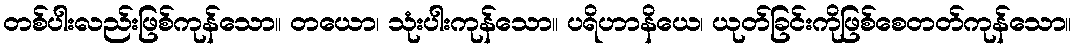
တစ်ပါးလည်းဖြစ်ကုန်သော။ တယော၊ သုံးပါးကုန်သော။ ပရိဟာနိယေ၊ ယုတ်ခြင်းကိုဖြစ်စေတတ်ကုန်သော။